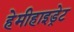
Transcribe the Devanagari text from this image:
हेमीहाइड्रेट